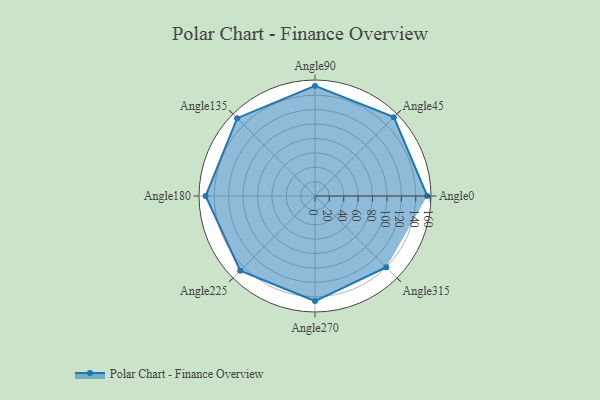
{"axis": {"x": "Angle", "y": "Radius"}, "legend": [""], "data": [{"x": "Angle0", "y": 156.0, "type": ""}, {"x": "Angle45", "y": 155.0, "type": ""}, {"x": "Angle90", "y": 153.0, "type": ""}, {"x": "Angle135", "y": 153.0, "type": ""}, {"x": "Angle180", "y": 152.0, "type": ""}, {"x": "Angle225", "y": 147.0, "type": ""}, {"x": "Angle270", "y": 146.0, "type": ""}, {"x": "Angle315", "y": 140.0, "type": ""}]}